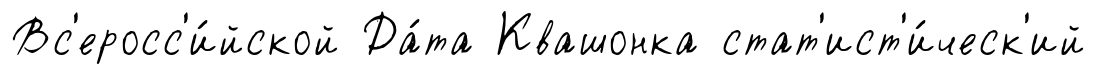
Вс'еросс'и́йской Да́та Квашонка стат'ист'и́ческ'ий